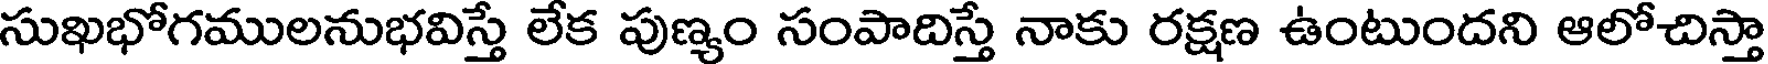
సుఖభోగములనుభవిస్తే లేక పుణ్యం సంపాదిస్తే నాకు రక్షణ ఉంటుందని ఆలోచిస్తా